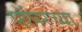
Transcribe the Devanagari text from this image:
पॉपरच्या